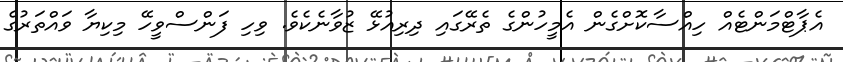
އެޕާޓްމަންޓެއް ހިއްސާކޮށްގެން އެމީހުންގެ ތެރޭގައި ދިރިއުޅޭ ޒުވާނެކެވެ. ވިހި ފަންސްވީހޭ މިކިޔާ ވައްތަރުގެ